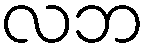
လဘ